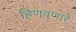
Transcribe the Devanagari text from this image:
हिणवणारे